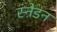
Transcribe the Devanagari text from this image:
स्ने़डन